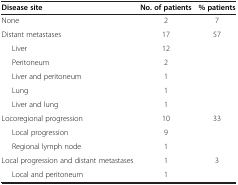
<table><thead><tr><td><b>Disease site</b></td><td><b>No. of patients</b></td><td><b>% patients</b></td></tr></thead><tbody><tr><td>None</td><td>2</td><td>7</td></tr><tr><td>Distant metastases</td><td>17</td><td>57</td></tr><tr><td>Liver</td><td>12</td><td> </td></tr><tr><td>Peritoneum</td><td>2</td><td> </td></tr><tr><td>Liver and peritoneum</td><td>1</td><td> </td></tr><tr><td>Lung</td><td>1</td><td> </td></tr><tr><td>Liver and lung</td><td>1</td><td> </td></tr><tr><td>Locoregional progression</td><td>10</td><td>33</td></tr><tr><td>Local progression</td><td>9</td><td> </td></tr><tr><td>Regional lymph node</td><td>1</td><td> </td></tr><tr><td>Local progression and distant metastases</td><td>1</td><td>3</td></tr><tr><td>Local and peritoneum</td><td>1</td><td> </td></tr></tbody></table>